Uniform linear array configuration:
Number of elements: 4
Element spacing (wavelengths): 1
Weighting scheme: hann
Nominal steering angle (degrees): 15
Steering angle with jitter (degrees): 15.442
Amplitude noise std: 0.05
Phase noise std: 0.05

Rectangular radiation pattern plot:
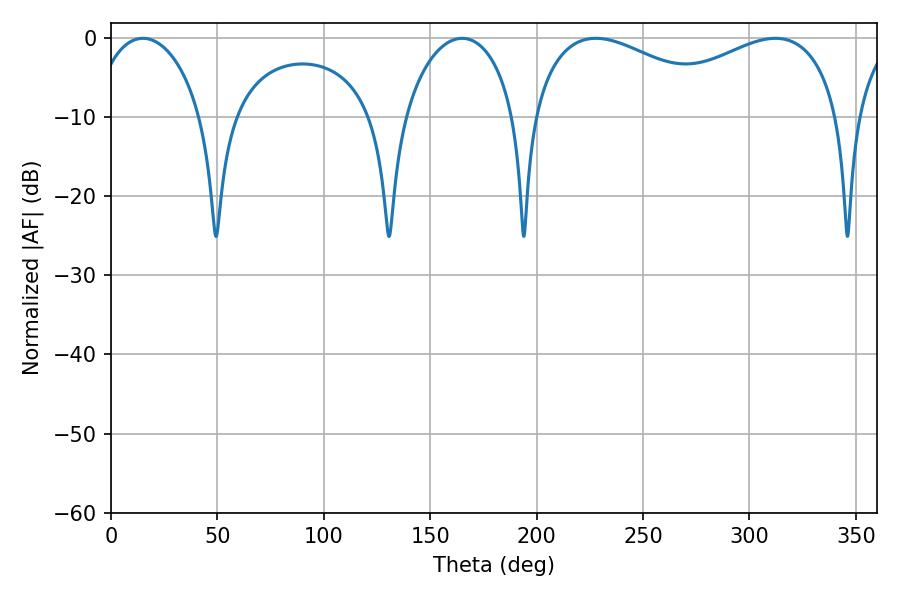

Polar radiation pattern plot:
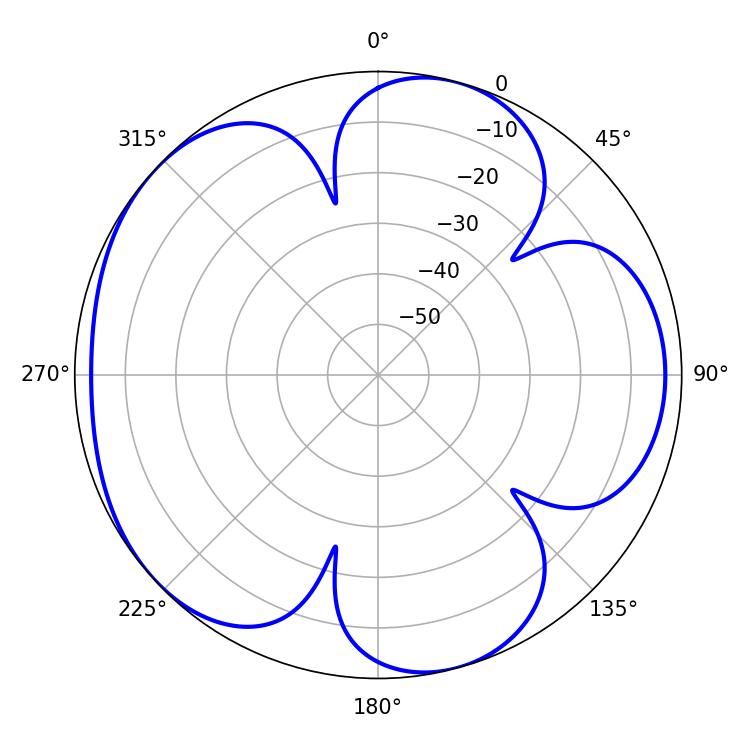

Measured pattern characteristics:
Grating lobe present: TRUE
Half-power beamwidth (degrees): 52.92
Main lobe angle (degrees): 227.88